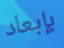
بإبعاد